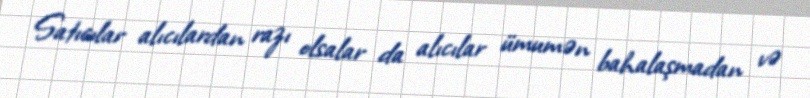
Satıcılar alıcılardan razı olsalar da alıcılar ümumən bahalaşmadan və